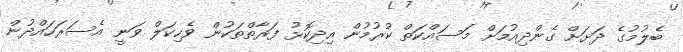
ބެލުމުގެ ދަަށަށް ގެންދިއުމަށް މަސައްކަތް ކުރުމުން އިދިކޮޅު ފަރާތްތަކުން ވެހިކަލް ވަނީ އެސަރަހައްދުން